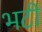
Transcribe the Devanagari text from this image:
भटी